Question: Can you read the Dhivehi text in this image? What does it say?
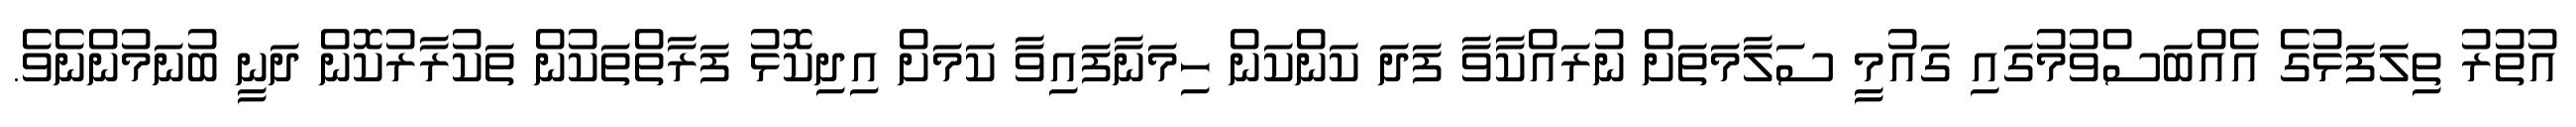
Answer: އުތުރު ތިލަފަޅުގެ އެއްބަސްވުމުގައި ގައުމީ ސަލާމަތަށް ނުރައްކާވާ ފަދަ ކަންކަން ހިމަނާފައިވާ ކަމަށް އިދިކޮޅު ފަރާތްތަކުން ތަކުރާރުކޮން ދަނީ ބުނަމުންނެވެ.